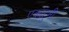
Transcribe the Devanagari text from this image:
एकाहुनी